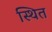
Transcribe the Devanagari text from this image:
स्थित